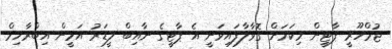
ޖުމްހޫރީ ޕާޓީން މިކަމަށް ގޮވާލާފައިވަނީ އެ ޕާޓީގެ ނާއިބް ލީޑަރު އަމީން އިބްރާހިމް